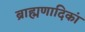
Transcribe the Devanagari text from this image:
ब्राह्मणादिकां